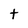
Character: t